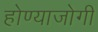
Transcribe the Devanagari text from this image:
होण्याजोगी